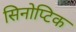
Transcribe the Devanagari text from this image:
सिनोप्टिक